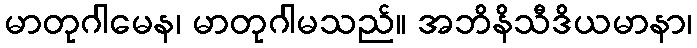
မာတုဂါမေန၊ မာတုဂါမသည်။ အဘိနိသီဒိယမာနာ၊